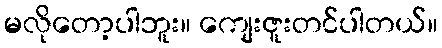
မလိုတော့ပါဘူး။ ကျေးဇူးတင်ပါတယ်။